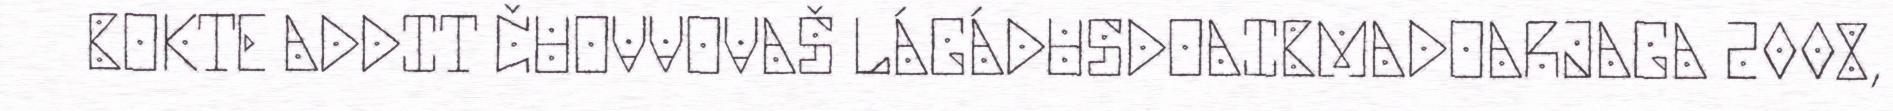
BOKTE ADDIT ČUOVVOVAŠ LÁGÁDUSDOAIBMADOARJAGA 2008,